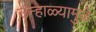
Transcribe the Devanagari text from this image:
उन्हाळ्यामुळे